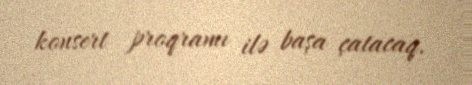
konsert proqramı ilə başa çatacaq.